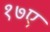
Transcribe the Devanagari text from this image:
१७ए